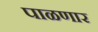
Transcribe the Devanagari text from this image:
पाळणार